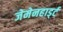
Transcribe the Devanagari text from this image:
जेमेनहार्ड्ट